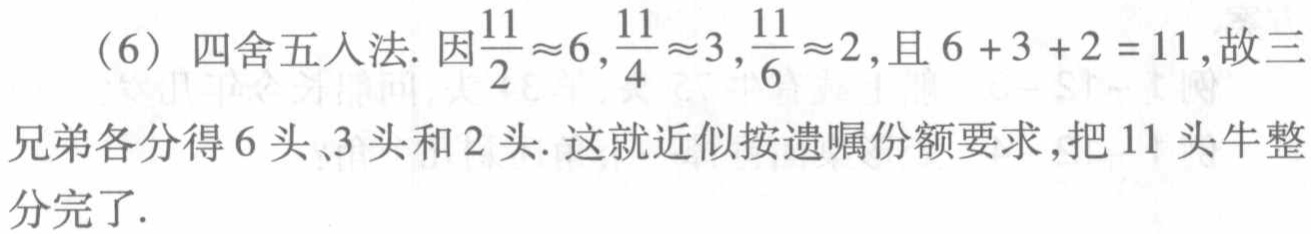
（6）四舍五入法. 因$\frac{11}{2}\approx6,\frac{11}{4}\approx3,\frac{11}{6}\approx2$,且$6 + 3 + 2 = 11$,故三兄弟各分得$6$头、$3$头和$2$头. 这就近似按遗嘱份额要求,把$11$头牛整分完了.